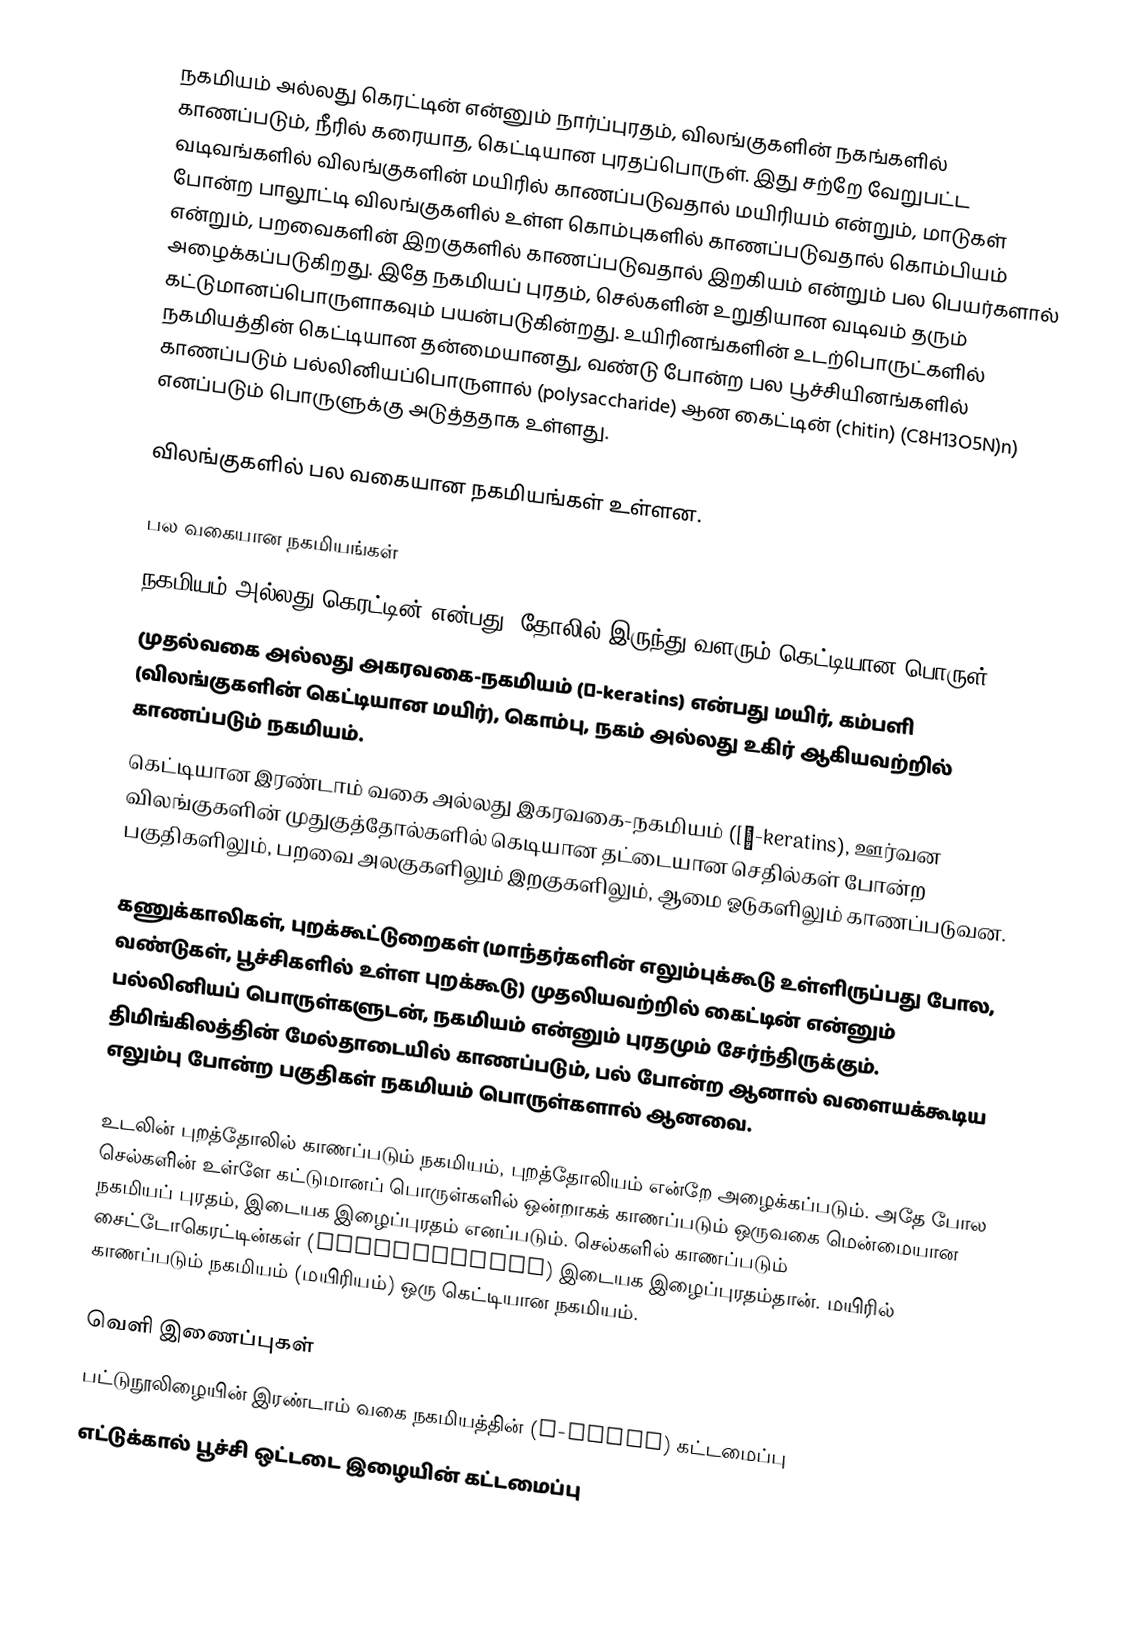
நகமியம் அல்லது கெரட்டின் என்னும் நார்ப்புரதம், விலங்குகளின் நகங்களில் காணப்படும்,  நீரில் கரையாத,  கெட்டியான புரதப்பொருள். இது சற்றே வேறுபட்ட வடிவங்களில் விலங்குகளின் மயிரில் காணப்படுவதால் மயிரியம் என்றும், மாடுகள் போன்ற பாலூட்டி விலங்குகளில் உள்ள கொம்புகளில் காணப்படுவதால் கொம்பியம் என்றும், பறவைகளின் இறகுகளில் காணப்படுவதால் இறகியம் என்றும் பல பெயர்களால் அழைக்கப்படுகிறது. இதே நகமியப் புரதம், செல்களின் உறுதியான வடிவம் தரும் கட்டுமானப்பொருளாகவும் பயன்படுகின்றது. உயிரினங்களின் உடற்பொருட்களில் நகமியத்தின் கெட்டியான தன்மையானது, வண்டு போன்ற பல பூச்சியினங்களில் காணப்படும் பல்லினியப்பொருளால் (polysaccharide) ஆன கைட்டின் (chitin) (C8H13O5N)n) எனப்படும் பொருளுக்கு அடுத்ததாக உள்ளது.

விலங்குகளில் பல வகையான நகமியங்கள் உள்ளன.

பல வகையான நகமியங்கள்
நகமியம் அல்லது கெரட்டின் என்பது, தோலில் இருந்து வளரும் கெட்டியான பொருள்.
முதல்வகை அல்லது அகரவகை-நகமியம் (α-keratins) என்பது மயிர், கம்பளி (விலங்குகளின் கெட்டியான மயிர்), கொம்பு,  நகம் அல்லது உகிர் ஆகியவற்றில் காணப்படும் நகமியம்.
கெட்டியான இரண்டாம் வகை அல்லது இகரவகை-நகமியம் ([β-keratins), ஊர்வன விலங்குகளின் முதுகுத்தோல்களில் கெடியான தட்டையான செதில்கள் போன்ற பகுதிகளிலும், பறவை அலகுகளிலும் இறகுகளிலும், ஆமை ஓடுகளிலும் காணப்படுவன.

கணுக்காலிகள்,  புறக்கூட்டுறைகள் (மாந்தர்களின் எலும்புக்கூடு உள்ளிருப்பது போல, வண்டுகள், பூச்சிகளில் உள்ள புறக்கூடு) முதலியவற்றில் கைட்டின் என்னும் பல்லினியப் பொருள்களுடன், நகமியம் என்னும் புரதமும் சேர்ந்திருக்கும். திமிங்கிலத்தின் மேல்தாடையில் காணப்படும், பல் போன்ற ஆனால் வளையக்கூடிய எலும்பு போன்ற பகுதிகள் நகமியம் பொருள்களால் ஆனவை.

உடலின் புறத்தோலில் காணப்படும் நகமியம், புறத்தோலியம் என்றே அழைக்கப்படும். அதே போல செல்களின் உள்ளே கட்டுமானப் பொருள்களில் ஒன்றாகக் காணப்படும்  ஒருவகை மென்மையான நகமியப் புரதம், இடையக இழைப்புரதம்  எனப்படும். செல்களில் காணப்படும் சைட்டோகெரட்டின்கள் (cytokeratins) இடையக இழைப்புரதம்தான். மயிரில் காணப்படும் நகமியம் (மயிரியம்) ஒரு கெட்டியான நகமியம்.

வெளி இணைப்புகள்
பட்டுநூலிழையின் இரண்டாம் வகை நகமியத்தின் (β-sheet) கட்டமைப்பு
எட்டுக்கால் பூச்சி ஒட்டடை இழையின் கட்டமைப்பு
Hair-Science.com's en